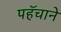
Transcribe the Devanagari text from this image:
पहॅचाने